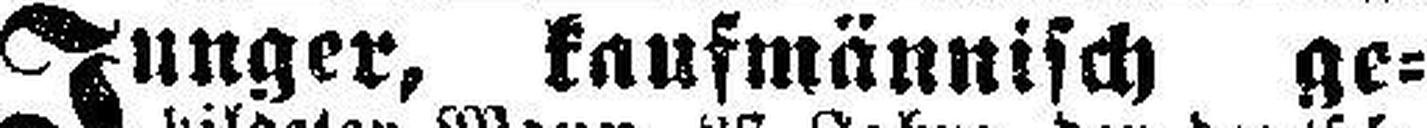
Junger, kaufmännisch ge¬